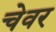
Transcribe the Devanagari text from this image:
चेवर